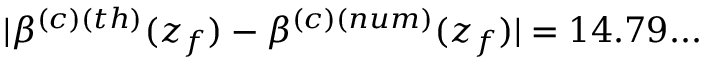
| \beta ^ { ( c ) ( t h ) } ( z _ { f } ) - \beta ^ { ( c ) ( n u m ) } ( z _ { f } ) | = 1 4 . 7 9 . . .